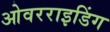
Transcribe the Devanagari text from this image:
ओवरराइडिंग